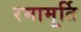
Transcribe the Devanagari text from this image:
रमामूर्ति